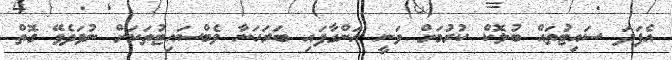
އެފަދަ ސައިޓުތައް ބުލޮކް ކުރުމަށް ވަނީ އަންގާފައި ބަރަހަނާ ވެބްސައިޓުތަކަށް ނުވަދެވޭ ގޮތް